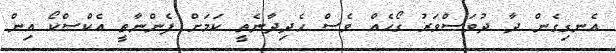
އެނގިގެން ދާ ދުވަސްވަރު ގޯހެއް ވެސް ހެދިދާނެތީ ކަމަށް ފެންނާތީ އެކްސްކޯ އިން